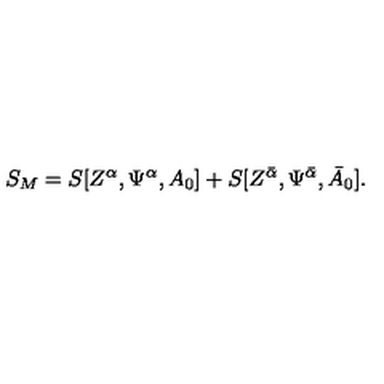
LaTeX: S _ { M } = S [ Z ^ { \alpha } , \Psi ^ { \alpha } , A _ { 0 } ] + S [ Z ^ { { \bar { \alpha } } } , \Psi ^ { { \bar { \alpha } } } , { \bar { A } } _ { 0 } ] .